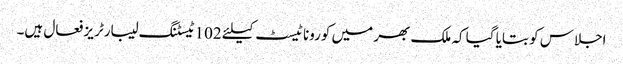
اجلاس کو بتایا گیا کہ ملک بھر میں کورونا ٹیسٹ کیلئے 102 ٹیسٹنگ لیبارٹریز فعال ہیں۔